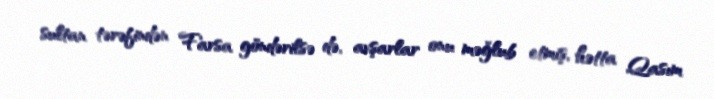
sultan tərəfindən Farsa göndərilsə də, avşarlar onu məğlub etmiş, hətta Qasım